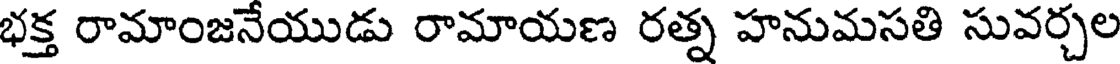
భక్త రామాంజనేయుడు రామాయణ రత్న హనుమసతి సువర్చల